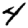
Digit: 4